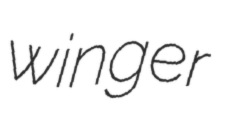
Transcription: winger